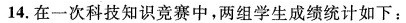
14.在一次科技知识竞赛中，两组学生成绩统计如下：